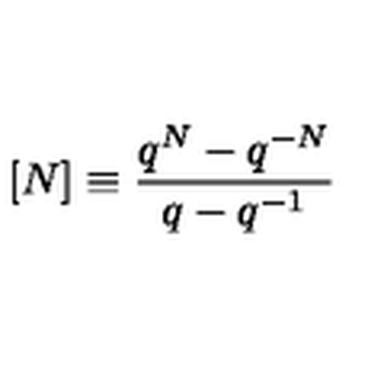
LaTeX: [ N ] \equiv \frac { q ^ { N } - q ^ { - N } } { q - q ^ { - 1 } }